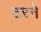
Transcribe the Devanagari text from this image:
टरने